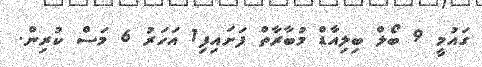
ގައުމީ 9 ބޯލް ބިލިއާޑް މުބާރާތް ފަށައިފި1 އަހަރު 6 މަސް ކުރިން.